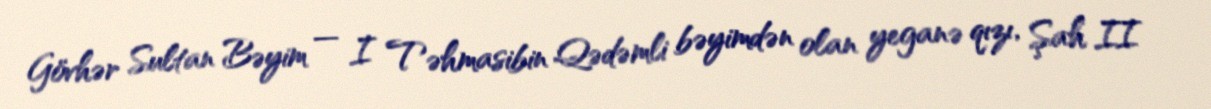
Gövhər Sultan Bəyim — I Təhmasibin Qədəmli bəyimdən olan yeganə qızı, Şah II